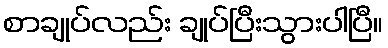
စာချုပ်လည်း ချုပ်ပြီးသွားပါပြီ။